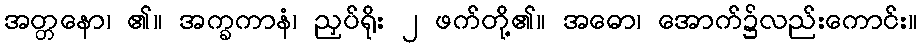
အတ္တနော၊ ၏။ အက္ခကာနံ၊ ညှပ်ရိုး ၂ ဖက်တို့၏။ အဓော၊ အောက်၌လည်းကောင်း။